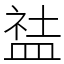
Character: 䀅